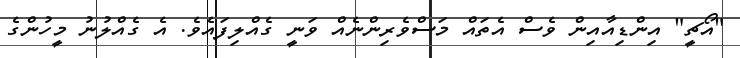
"އޯޗީ" އިންޑިއާއިން ވެސް އެތައް މަސްވެރިންނެއް ވަނީ ގެއްލިފައެވެ. އެ ގެއްލުނު މީހުންގެ